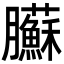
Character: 𦣑